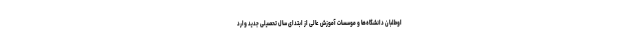
اوطلبان دانشگاه‌ها و موسسات آموزش عالی از ابتدای سال تحصیلی جدید وارد